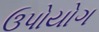
ઉપોયોગ